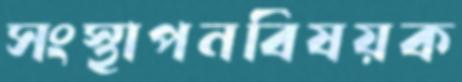
সংস্থাপনবিষয়ক